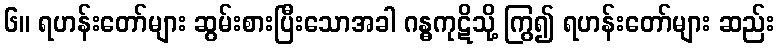
၆။ ရဟန်းတော်များ ဆွမ်းစားပြီးသောအခါ ဂန္ဓကုဋိသို့ ကြွ၍ ရဟန်းတော်များ ဆည်း